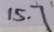
1 5 . 7